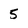
Character: 5